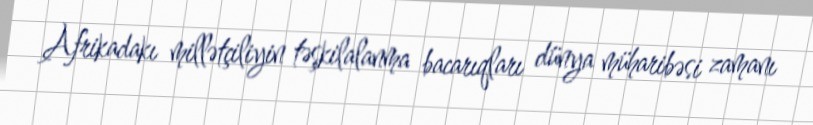
Afrikadakı millətçiliyin təşkilalanma bacarıqları dünya müharibəsi zamanı